Vaccination in Bombay 1913-1923 - 1913-1923
Year: 1913
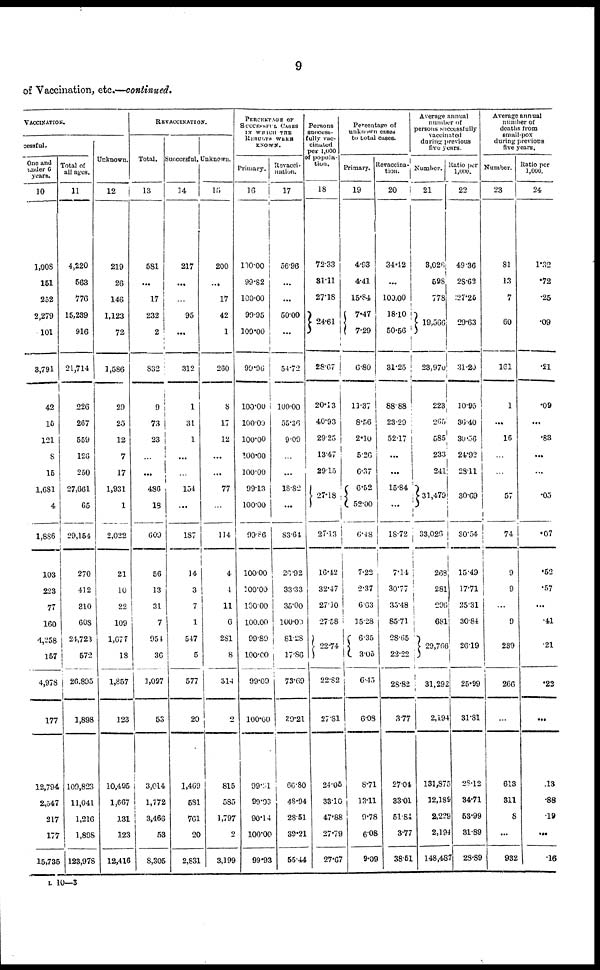
9
of Vaccination, etc.—continued.
VACCINATION.
cessful.
One and
voider C
years.
10
1,008
151
252
2,279
101
8,791
42
15
121
8
15
1,681
4
1,886
103
223
77
160
4,258
157
4,978
177
12,794
2,547
217
177
15,735
Total of
all ages.
11
4,220
563
776
15,239
916
21,714
226
267
559
126
250
27,661
65
29,154
270
412
310
608
24,723
572
26,805
1,898
109,823
11,041
1,216
1,898
123,978
Unknown.
12
219
26
146
1,123
72
1,586
29
25
12
7
17
1,931
1
2,022
21
10
22
109
1,677
18
1,857
123
10,495
1,667
131
123
12,416
REVACCINATION.
Total.
13
581
...
17
232
2
832
9
73
23
...
...
486
18
609
56
13
31
7
954
36
1,097
53
3,014
1,772
3,466
53
8,305
Successful.
14
217
...
...
95
...
312
1
31
1
...
...
154
...
187
14
3
7
1
547
5
577
20
1,469
581
761
20
2,831
Unknown.
15
200
...
17
42
1
260
8
17
12
...
...
77
...
114
4
4
11
6
281
8
314
0
815
585
1,797
2
3,199
PERCENTAGE OF
SUCCESSFUL CASES
IN WHICH THE
RESULTS WERE
KNOWN.
Primary.
16
100.00
99.82
100.00
90.95
100.00
99.96
100.00
100.00
100.00
100.00
100.00
99.13
100.00
99.86
100.00
100.00
100.00
100.00
99.80
100.00
99.09
100.00
99.91
99.93
90.14
100.00
99.93
Revacci-
nation.
17
56.96
...
...
50.00
...
54.72
100.00
55.36
9.09
...
...
18.82
...
83.64
26.92
33.33
35.00
100.09
81.28
17.86
73.69
39.21
66.80
48.94
28.51
39.21
55.44
Persons
success-
fully vac¬
cinated
per 1,000
of popula-
tion.
18
72.33
81.11
27.18
24.61
28.67
20.13
40.93
2925
13.47
29.15
27.18
27.13
16.12
32.47
27.30
27.58
22.74
22.82
27.81
24.05
33.10
47.88
27.79
27.67
Percentage of
unknown cases
to total cases.
Primary.
19
4.03
4.41
15.84
7.47
7.29
6.80
11.37
8.56
2.10
5.26
6.37
6.52
52.00
6.48
7.22
2.37
6.03
15.28
6.35
3.05
6.45
6.08
8.71
13.11
9.78
6.08
9.09
Revaccina-
tion.
20
34.42
...
100.00
18.10
50.56
31.25
88.88
23.29
52.17
...
...
15.84
...
18.72
7.14
30.77
35.48
85.71
28.65
22.22
28.82
3.77
27.04
33.01
51.84
3.77
38.51
Average annual
number of
persons successfully
vaccinated
during previous
five years.
Number.
21
3,028
598
778
19,566
23,976
223
265
585
233
241
31,479
33,026
268
281
296
681
29,766
31,292
2,194
131,875
12,389
2,229
2,194
148,487
Ratio per
1,000.
22
49.36
28.62
27.26
29.63
31.20
10.95
30.40
30.56
24.92
28.11
30.69
30.54
15.49
17.71
25.31
30.84
26.19
25.99
31.81
28.12
34.71
58.99
31.89
28.89
Average
annual
number
of
deaths
from
small-pox
during
previous
five
years.
Number.
23
81
13
7
60
161
1
...
16
...
...
57
74
9
9
...
9
289
266
...
613
311
8
...
932
Ratio per
1,000.
24
1.32
.72
.25
.09
.21
.09
...
.83
...
...
.05
.07
.52
.57
...
.41
.21
.22
...
.13
.88
.19
...
.16
L 10—5